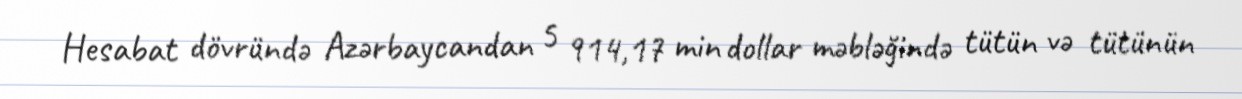
Hesabat dövründə Azərbaycandan 5 914,17 min dollar məbləğində tütün və tütünün